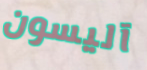
آليسون